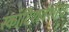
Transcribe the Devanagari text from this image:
स्कॉटिशवंशीय